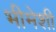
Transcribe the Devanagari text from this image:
भीमेशी